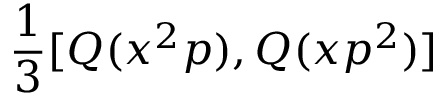
{ \frac { 1 } { 3 } } [ Q ( x ^ { 2 } p ) , Q ( x p ^ { 2 } ) ]